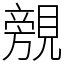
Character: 覫